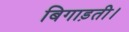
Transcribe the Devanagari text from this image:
बिगाड़ती।